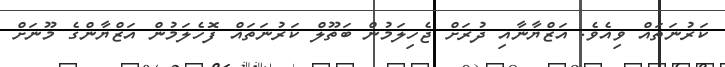
ކަރުނަތައް ވިއެވެ. އަޒްޔާނާއި ދުރަށް ޖެހިލަމުން ބަތޫލް ކަރުނަތައް ފޮހެލަމުން އަޒްޔާންގެ މޫނަށް